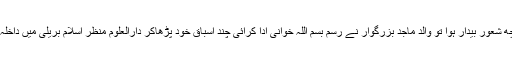
جب کچھ شعور بیدار ہوا تو والد ماجد بزرگوار نے رسم بسم اللہ خوانی ادا کرائی چند اسباق خود پڑھاکر دارالعلوم منظر اسلام بریلی میں داخلہ کرادیا۔